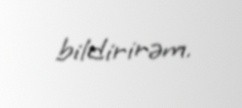
bildirirəm.